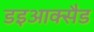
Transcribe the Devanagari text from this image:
डइआक्सैड